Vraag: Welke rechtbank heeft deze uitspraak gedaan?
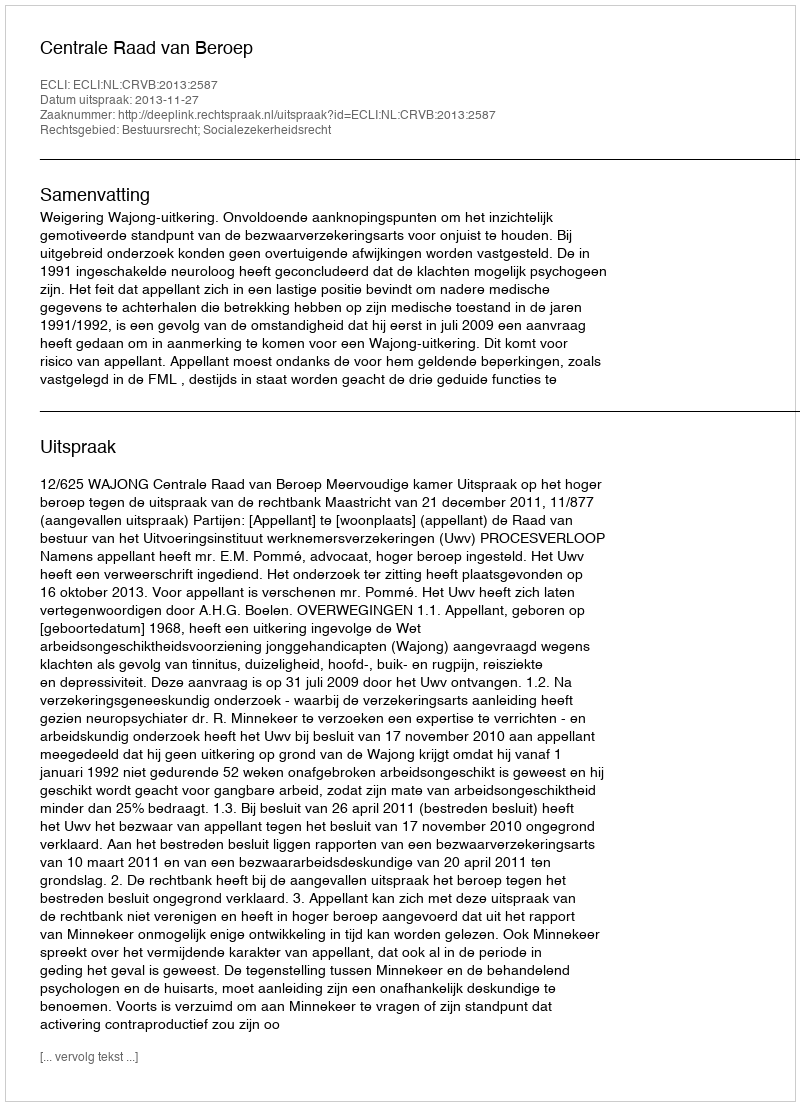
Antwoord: Centrale Raad van Beroep